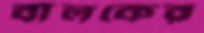
বালকের